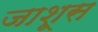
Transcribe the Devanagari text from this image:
जाशूस